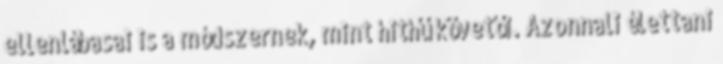
ellenlábasai is a módszernek, mint hithű követői. Azonnali élettani